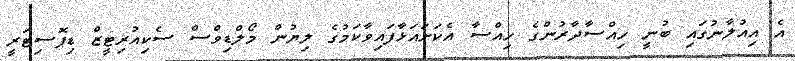
އެ އިއުލާނުގައި ބުނީ ހިއްސާދާރުންގެ ހިއްސާ އެކަށައަޅާފައިވާކަމުގެ ލިޔުން މޯލްޑިވްސް ސެކިއުރިޓީޒް ޑިޕޮސިޓަރީ